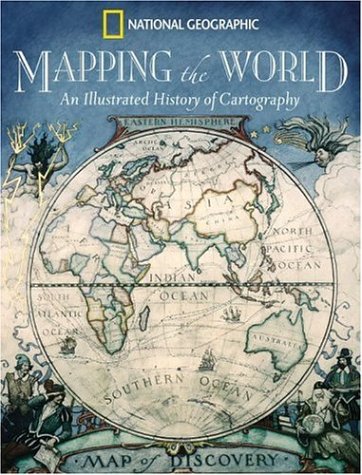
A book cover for Mapping the World: An Illustrated History of Cartography; Ralph E Ehrenberg; Science & Math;